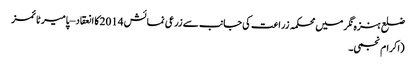
ضلع ہنزہ نگر میں محکمہ زراعت کی جانب سے زرعی نمائش 2014کا انعقاد – پامیر ٹائمز
(اکرام نجمی۔